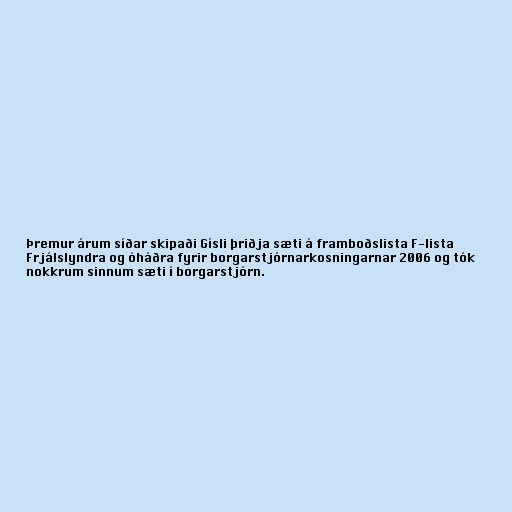
Þremur árum síðar skipaði Gísli þriðja sæti á framboðslista F-lista
Frjálslyndra og óháðra fyrir borgarstjórnarkosningarnar 2006 og tók
nokkrum sinnum sæti í borgarstjórn.